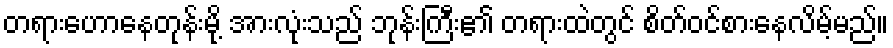
တရားဟောနေတုန်းမို့ အားလုံးသည် ဘုန်းကြီး၏ တရားထဲတွင် စိတ်ဝင်စားနေလိမ့်မည်။